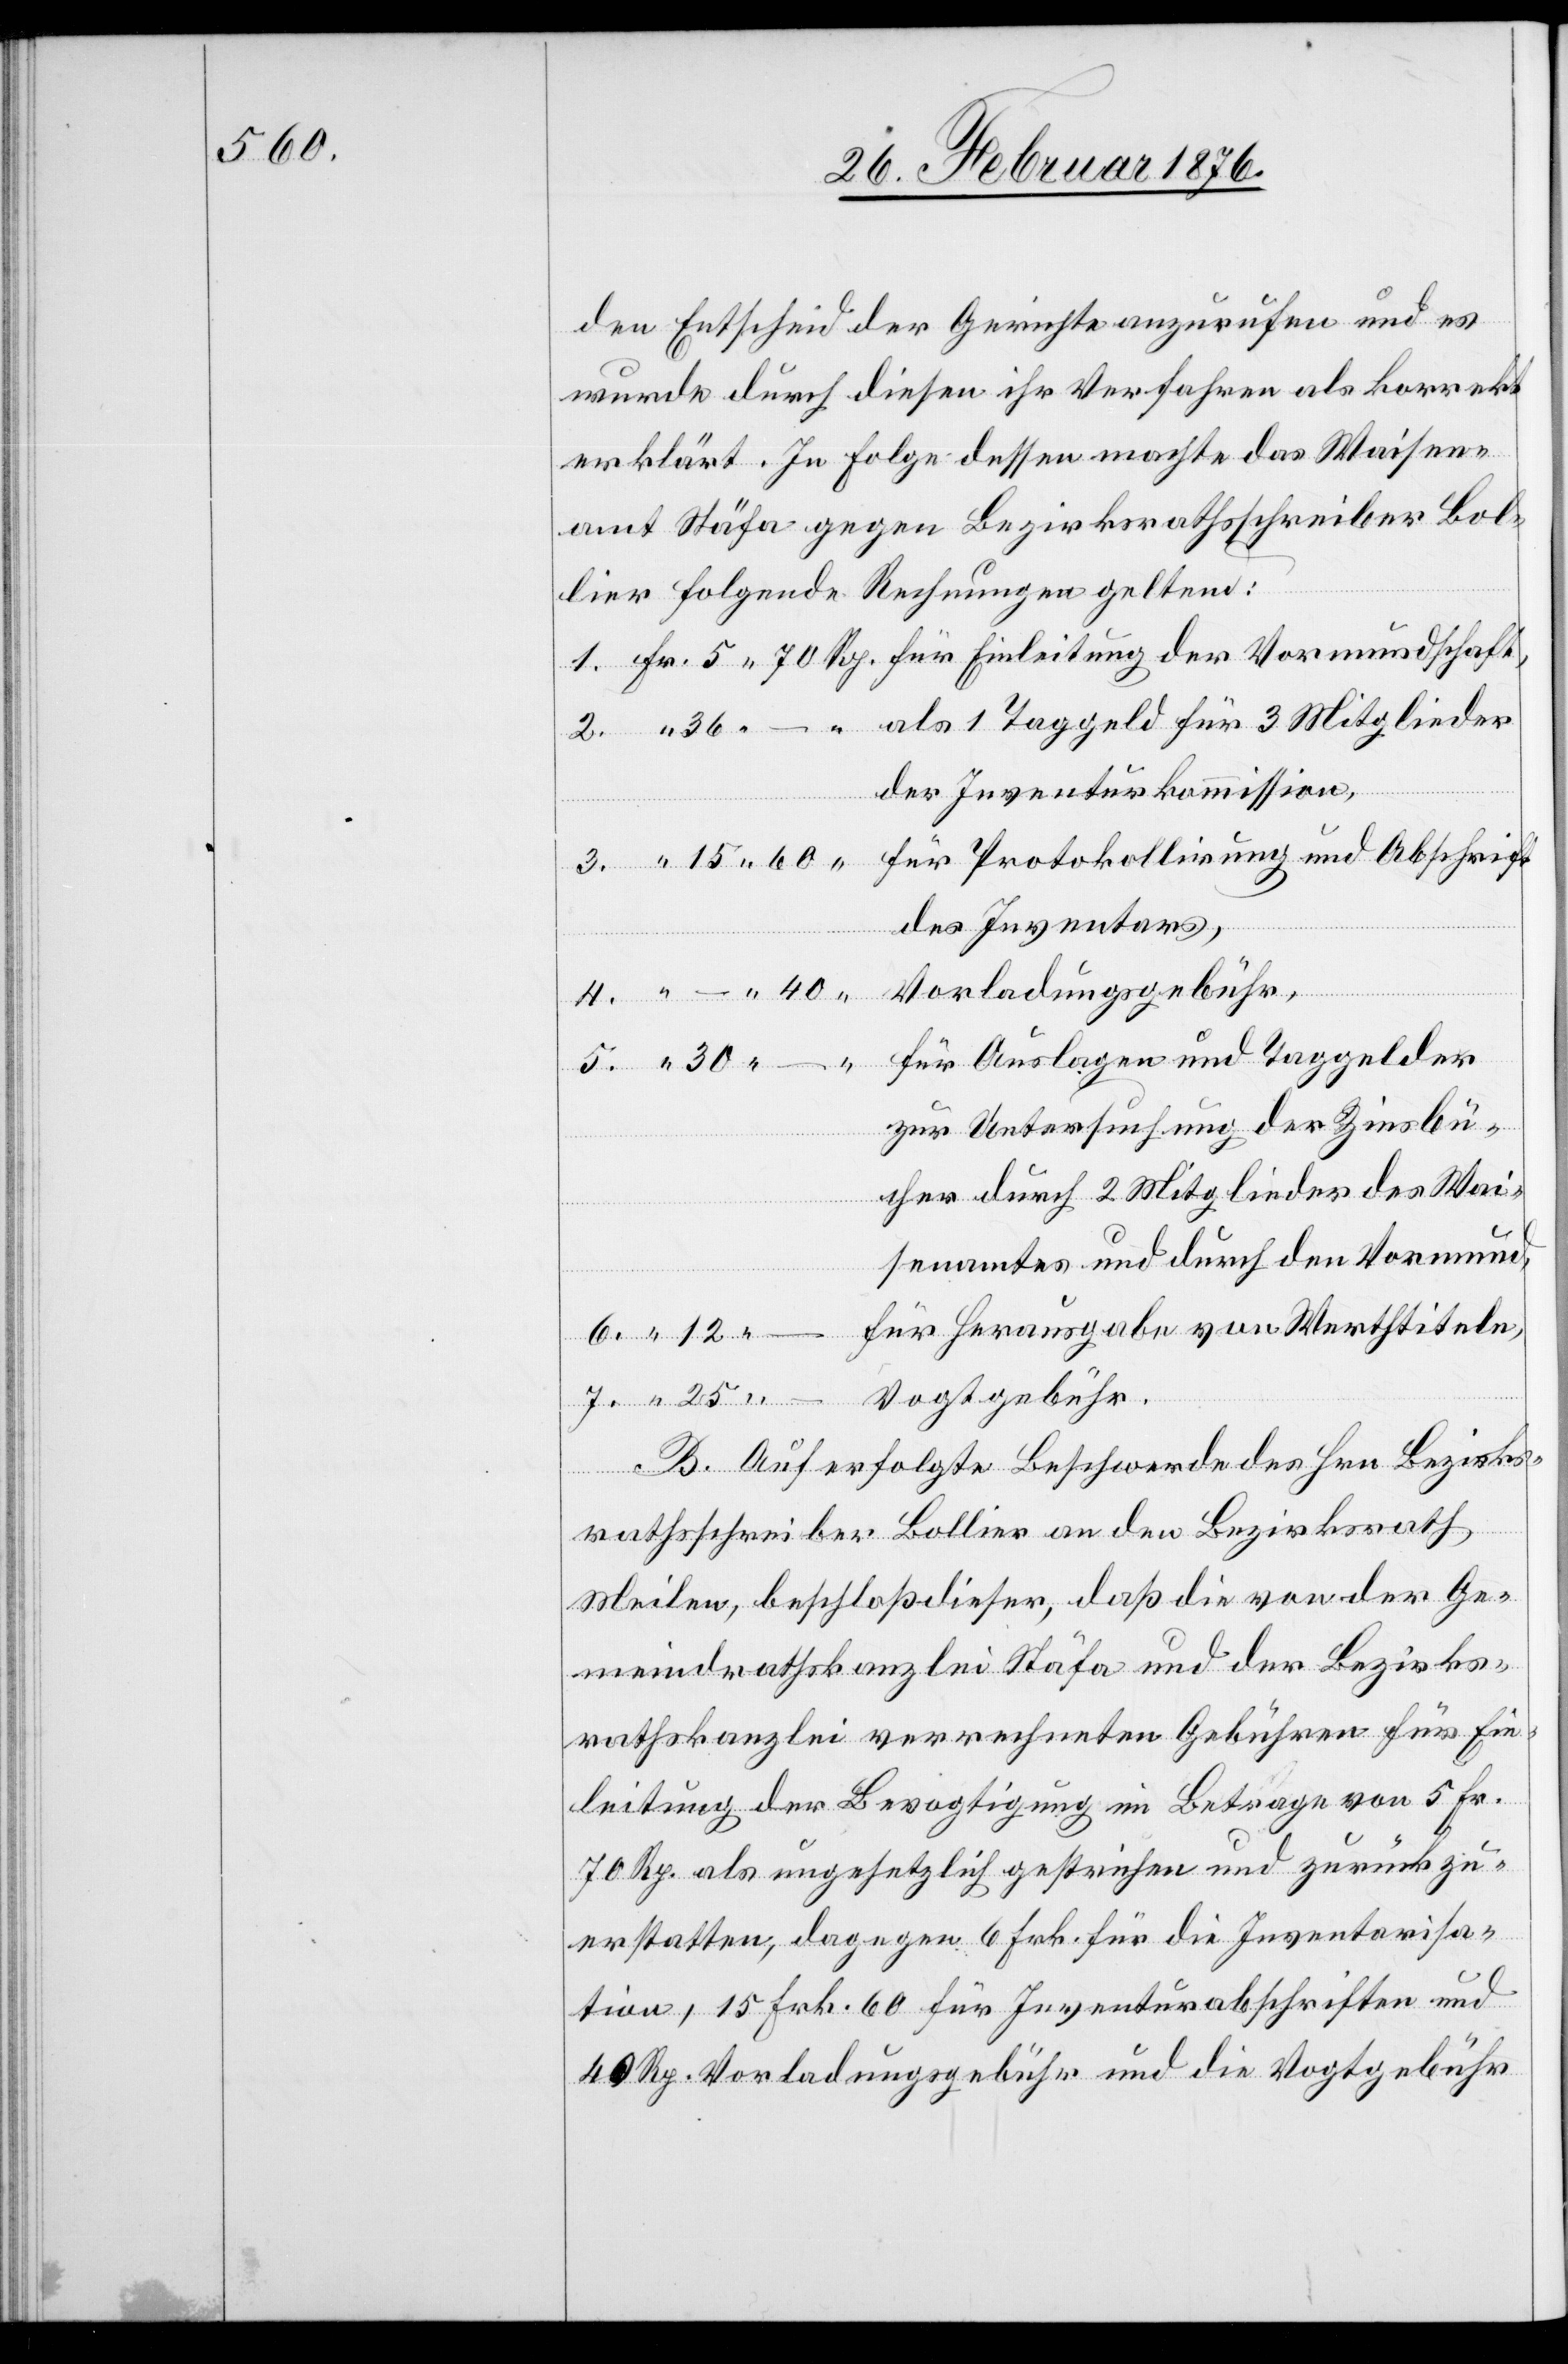
den Entscheid der Gerichte anzurufen und es
wurde durch diesen ihr Verfahren als korrekt
erklärt. In Folge dessen machte das Waisen¬
amt Stäfa gegen Bezirksrathsschreiber Bol¬
“
–
lier folgende Rechnungen geltend:
als 1 Taggeld für 3 Mitglieder
der Inventurkommission,
für Protokollierung und Abschrift
des Inventars,
Vorladungsgebühr,
für Auslagen und Taggelder
zur Untersuchung der Zinsbü¬
cher durch 2 Mitglieder des Wai¬
senamtes und durch den Vormund,
für Herausgabe von Werthtiteln,
7.
Vogtgebühr.
B. Auf erfolgte Beschwerde des Hrn. Bezirks¬
rathsschreiber Bollier an den Bezirksrath
Meilen, beschloß dieser, daß die von der Ge¬
meindrathskanzlei Stäfa und der Bezirks¬
rathskanzlei verrechneten Gebühren für Ein¬
leitung der Bevogtigung im Betrage von 5 Fr.
70 Rp. als ungesetzlich gestrichen und zurück zu
erstatten, dagegen 6 Frk. für die Juventarisa¬
tion, 15 Frk. 60 für Juventurabschriften und
40 Rp. Vorladungsgebühr und die Vogtgebühr